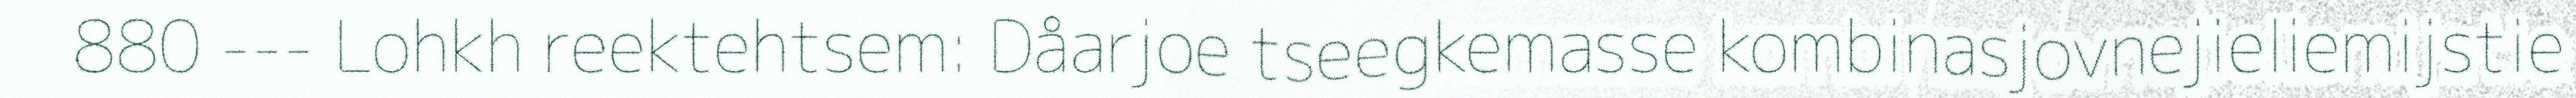
880 --- Lohkh reektehtsem: Dåarjoe tseegkemasse kombinasjovnejieliemijstie